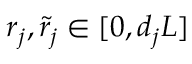
r _ { j } , \tilde { r } _ { j } \in [ 0 , d _ { j } L ]